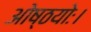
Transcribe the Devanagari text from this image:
ओष्ठयोः।